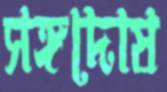
সঙ্গদোষ